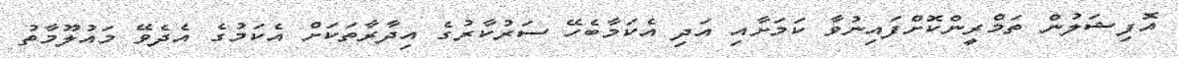
އޮފިޝަލުން ތަމްރީންކޮށްފައިނުވާ ކަމަށާއި އަދި އެކަމާބެހޭ ސަރުކާރުގެ އިދާރާތަކަށް އެކަމުގެ އެދެވޭ މައުލޫމާތު